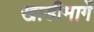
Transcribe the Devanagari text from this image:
खाडीमार्गे